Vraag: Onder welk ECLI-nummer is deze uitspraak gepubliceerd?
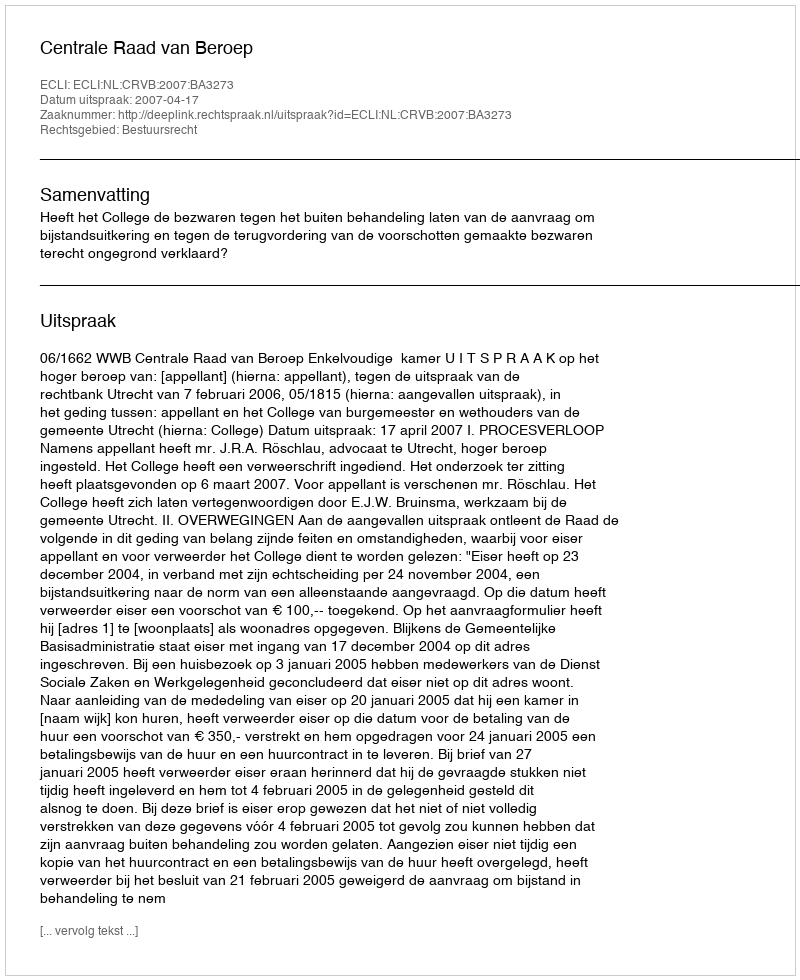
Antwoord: ECLI:NL:CRVB:2007:BA3273